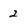
Character: 2